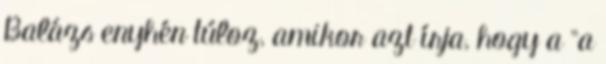
Balázs enyhén túloz, amikor azt írja, hogy a "a